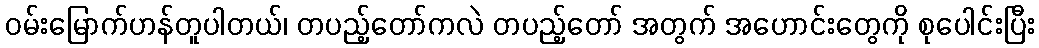
ဝမ်းမြောက်ဟန်တူပါတယ်၊ တပည့်တော်ကလဲ တပည့်တော် အတွက် အဟောင်းတွေကို စုပေါင်းပြီး